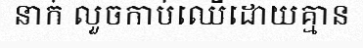
នាក់ លួចកាប់ឈើដោយគ្មាន